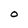
Character: O